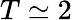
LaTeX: T\simeq 2